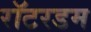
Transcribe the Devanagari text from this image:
रॉटरडम